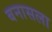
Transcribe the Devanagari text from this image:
बनासला